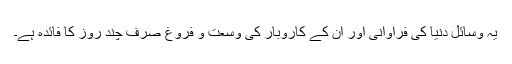
یہ وسائل دنیا کی فراوانی اور ان کے کاروبار کی وسعت و فروغ صرف چند روز کا فائدہ ہے۔